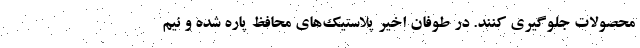
محصولات جلوگیری کنند. در طوفان اخیر پلاستیک‌های محافظ پاره شده و نیم